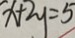
x + 2 y = 5